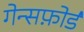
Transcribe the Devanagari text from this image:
गेन्सफ़ोर्ड